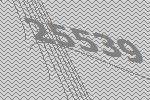
25539